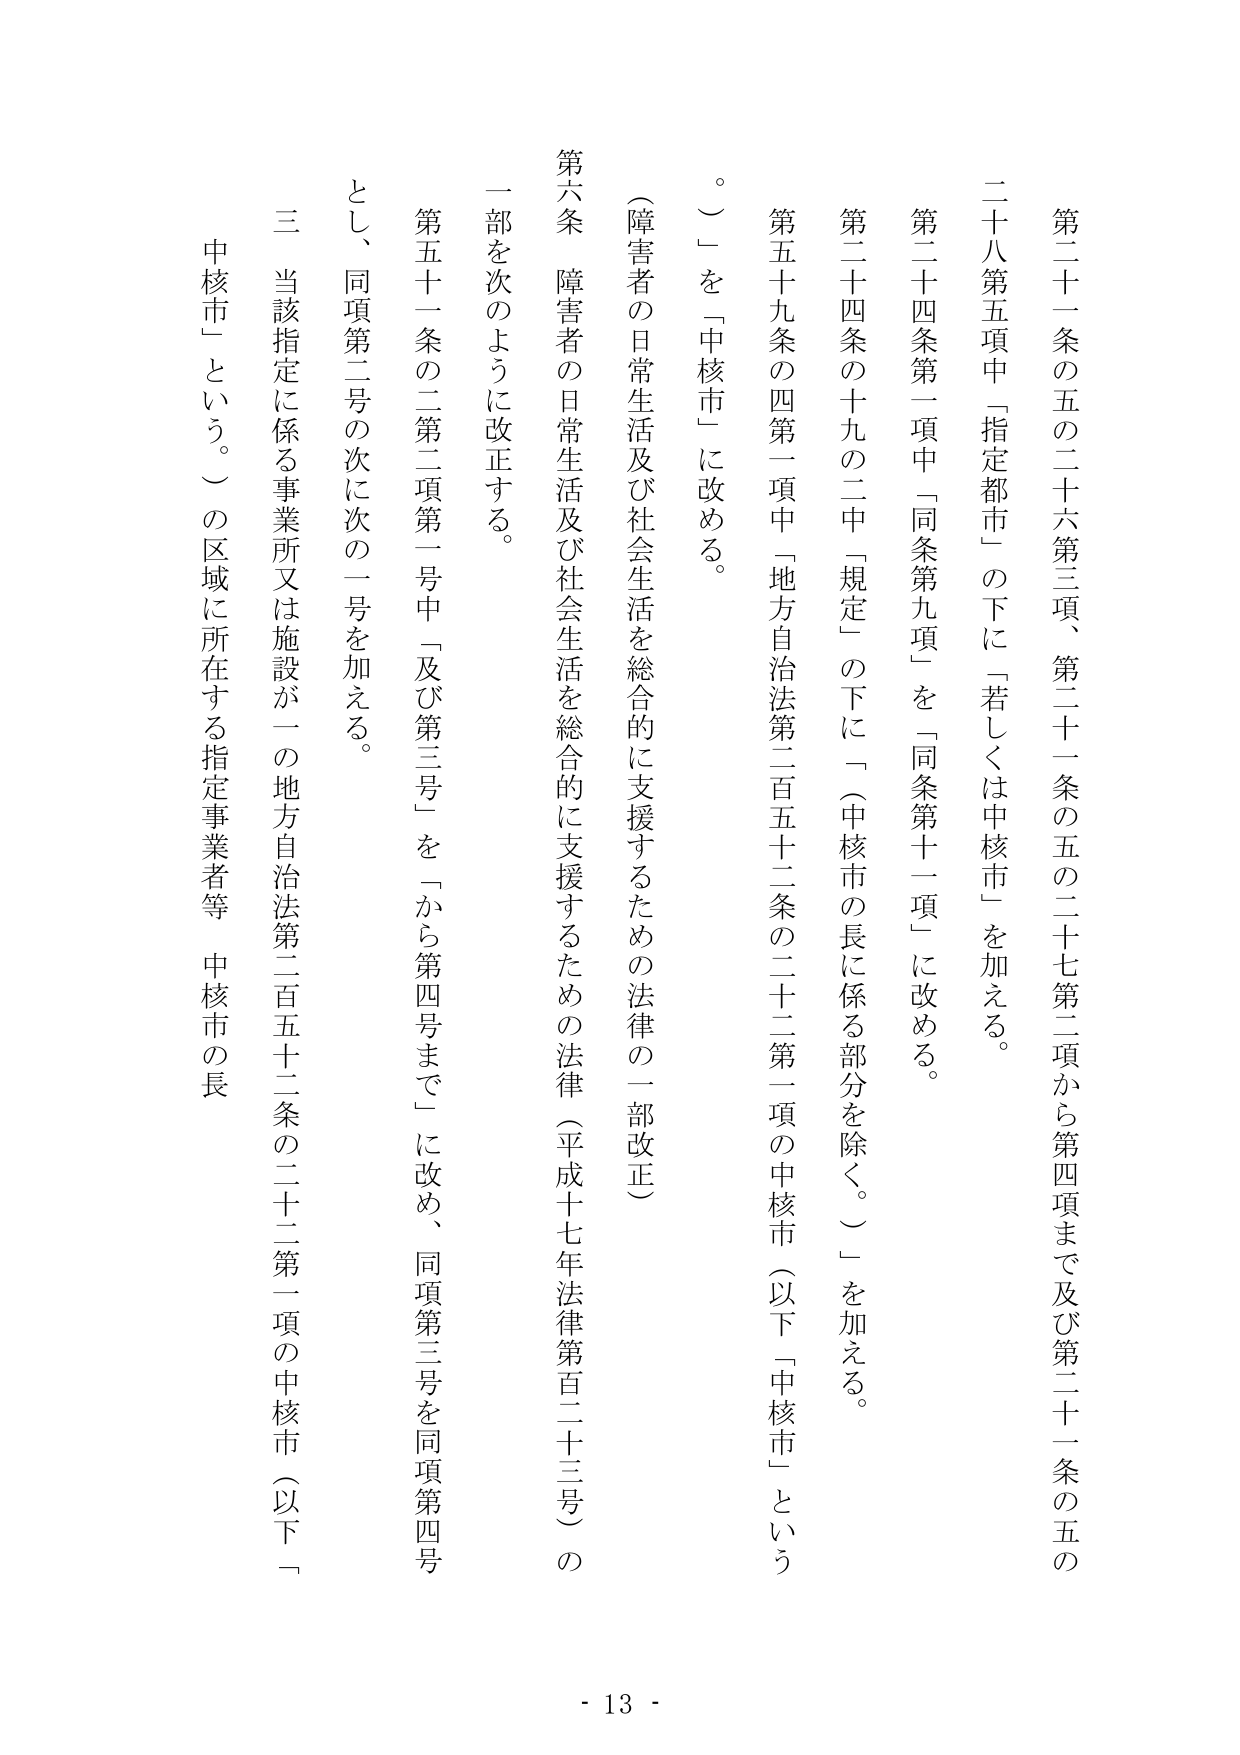
第二十一条の五の二十六第三項、第二十一条の五の二十七第二項から第四項まで及び第二十一条の五の
二十八第五項中「指定都市」の下に「若しくは中核市」を加える。
第二十四条第二項中「同条第九項」を「同条第十一項」に改める。
第二十四条の十九の二中「規定」の下に「（中核市の長に係る部分を除く。）」を加える。
第五十九条の四第一項中「地方自治法第二百五十二条の二十二第一項の中核市（以下「中核市」という
。）」を「中核市」に改める。
（障害者の日常生活及び社会生活を総合的に支援するための法律の一部改正）
第六条 障害者の日常生活及び社会生活を総合的に支援するための法律（平成十七年法律第百二十三号）の
一部を次のように改正する。
第五十一条の二第二項第一号中「及び第三号」を「から第四号まで」に改め、同項第三号を同項第四号
とし、同項第二号の次に次の一号を加える。
三 当該指定に係る事業所又は施設が一の地方自治法第二百五十二条の二十二第一項の中核市（以下「
中核市」という。）の区域に所在する指定事業者等 中核市の長
- 13 -